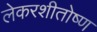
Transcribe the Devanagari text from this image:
लेकरशीतोष्ण